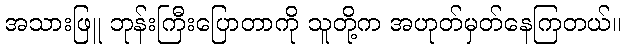
အသားဖြူ ဘုန်းကြီးပြောတာကို သူတို့က အဟုတ်မှတ်နေကြတယ်။